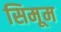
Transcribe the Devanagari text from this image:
सिमूम